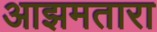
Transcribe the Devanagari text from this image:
आझमतारा